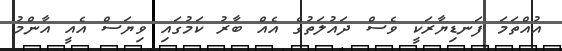
އުއްތަމަ ފަނޑިޔާރަކީ ވެސް ދައުލަތުގެ އެއް ބާރު ކަމުގައި ވިޔަސް އެއީ އާންމު